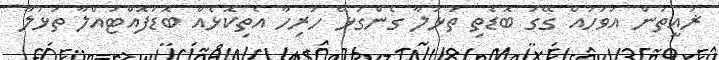
ޜައީތުން އަވަހައް ގޭގަ ބޮޑެތި ތަޅުލާ ގެންގުޅޭ ހުރިހާ އެތިކޮޅެއް ބޮޑުފޮއްޓައްލާ ތަޅުލާ